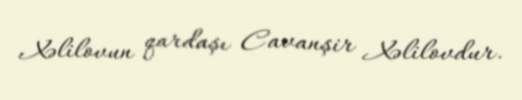
Xəlilovun qardaşı Cavanşir Xəlilovdur.